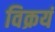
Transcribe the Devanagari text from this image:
विक्रयं